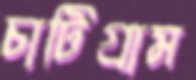
চাটিগ্রাম